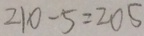
2 1 0 - 5 = 2 0 5